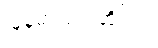
မြန်မာပြည်ဆိုင်ရာ